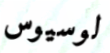
لوسيوس